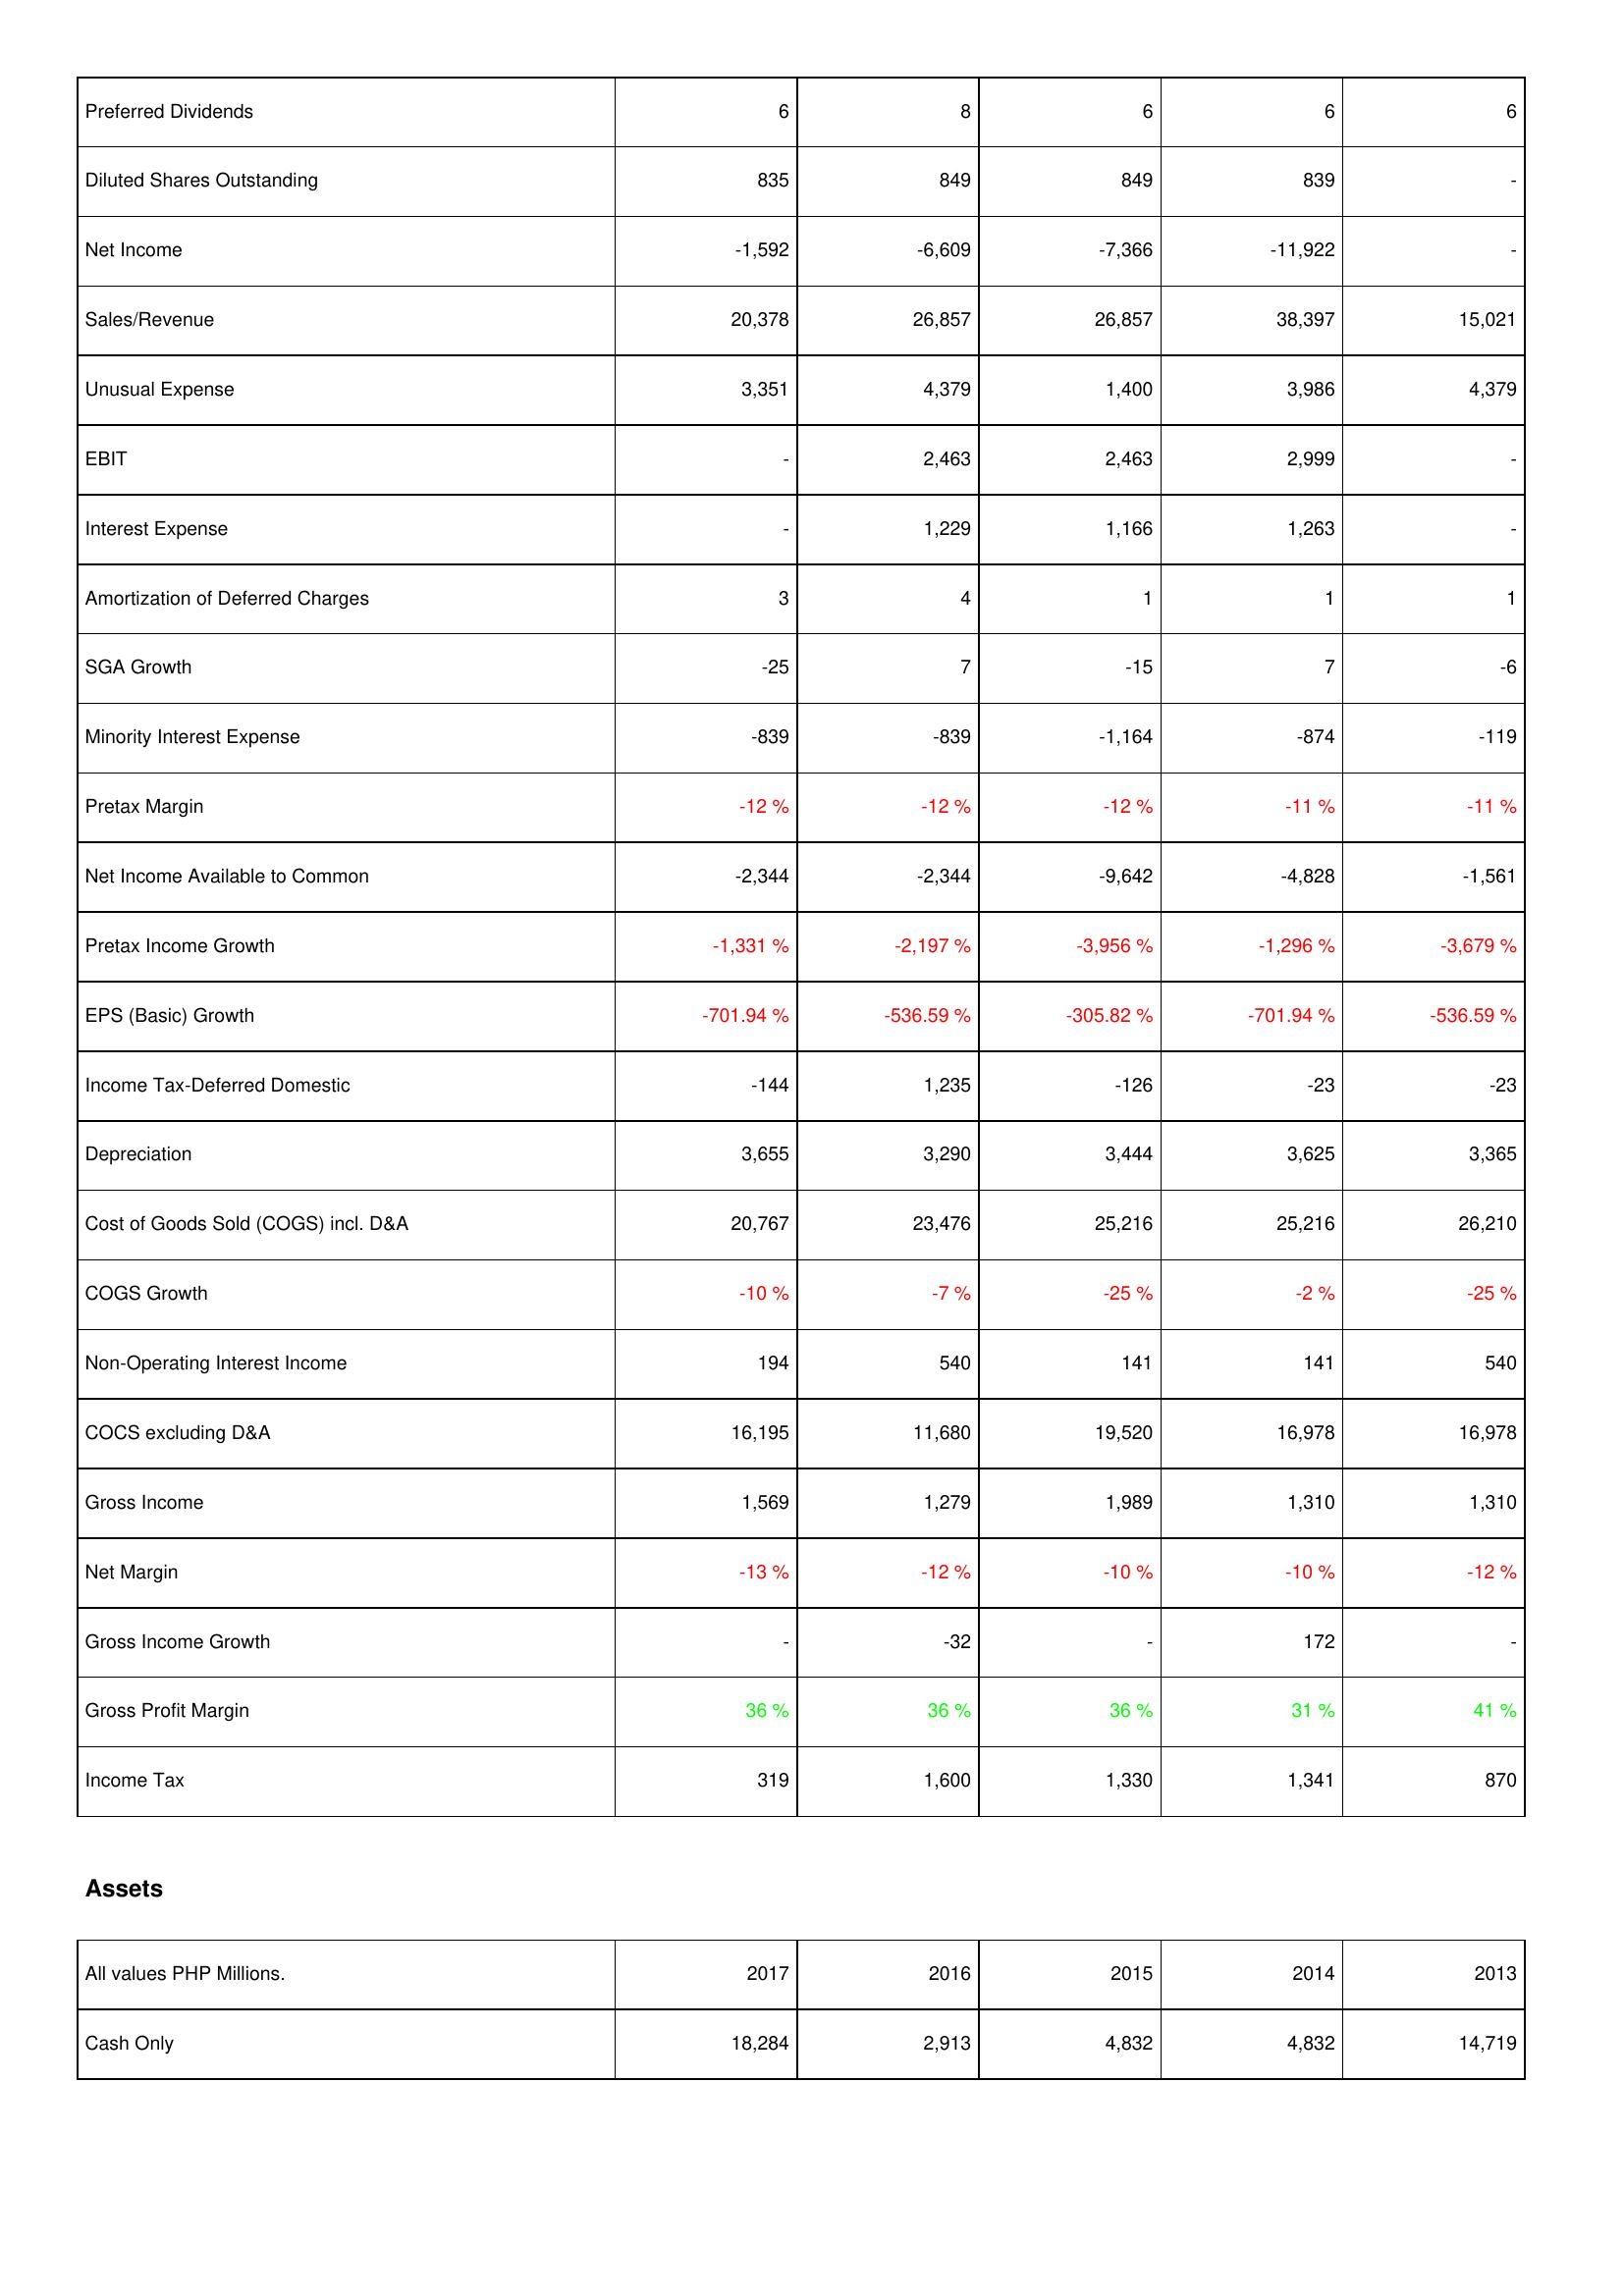
2017: Income Statement: Preferred Dividends: 6
Diluted Shares Outstanding: 835
Net Income: -1,592
Sales/Revenue: 20,378
Unusual Expense: 3,351
EBIT: -
Interest Expense: -
Amortization of Deferred Charges: 3
SGA Growth: -25
Minority Interest Expense: -839
Pretax Margin: -12 %
Net Income Available to Common: -2,344
Pretax Income Growth: -1,331 %
EPS (Basic) Growth: -701.94 %
Income Tax-Deferred Domestic: -144
Depreciation: 3,655
Cost of Goods Sold (COGS) incl. D&A: 20,767
COGS Growth: -10 %
Non-Operating Interest Income: 194
COCS excluding D&A: 16,195
Gross Income: 1,569
Net Margin: -13 %
Gross Income Growth: -
Gross Profit Margin: 36 %
Income Tax: 319
Assets: Cash Only: 18,284
2016: Income Statement: Preferred Dividends: 8
Diluted Shares Outstanding: 849
Net Income: -6,609
Sales/Revenue: 26,857
Unusual Expense: 4,379
EBIT: 2,463
Interest Expense: 1,229
Amortization of Deferred Charges: 4
SGA Growth: 7
Minority Interest Expense: -839
Pretax Margin: -12 %
Net Income Available to Common: -2,344
Pretax Income Growth: -2,197 %
EPS (Basic) Growth: -536.59 %
Income Tax-Deferred Domestic: 1,235
Depreciation: 3,290
Cost of Goods Sold (COGS) incl. D&A: 23,476
COGS Growth: -7 %
Non-Operating Interest Income: 540
COCS excluding D&A: 11,680
Gross Income: 1,279
Net Margin: -12 %
Gross Income Growth: -32
Gross Profit Margin: 36 %
Income Tax: 1,600
Assets: Cash Only: 2,913
2015: Income Statement: Preferred Dividends: 6
Diluted Shares Outstanding: 849
Net Income: -7,366
Sales/Revenue: 26,857
Unusual Expense: 1,400
EBIT: 2,463
Interest Expense: 1,166
Amortization of Deferred Charges: 1
SGA Growth: -15
Minority Interest Expense: -1,164
Pretax Margin: -12 %
Net Income Available to Common: -9,642
Pretax Income Growth: -3,956 %
EPS (Basic) Growth: -305.82 %
Income Tax-Deferred Domestic: -126
Depreciation: 3,444
Cost of Goods Sold (COGS) incl. D&A: 25,216
COGS Growth: -25 %
Non-Operating Interest Income: 141
COCS excluding D&A: 19,520
Gross Income: 1,989
Net Margin: -10 %
Gross Income Growth: -
Gross Profit Margin: 36 %
Income Tax: 1,330
Assets: Cash Only: 4,832
2014: Income Statement: Preferred Dividends: 6
Diluted Shares Outstanding: 839
Net Income: -11,922
Sales/Revenue: 38,397
Unusual Expense: 3,986
EBIT: 2,999
Interest Expense: 1,263
Amortization of Deferred Charges: 1
SGA Growth: 7
Minority Interest Expense: -874
Pretax Margin: -11 %
Net Income Available to Common: -4,828
Pretax Income Growth: -1,296 %
EPS (Basic) Growth: -701.94 %
Income Tax-Deferred Domestic: -23
Depreciation: 3,625
Cost of Goods Sold (COGS) incl. D&A: 25,216
COGS Growth: -2 %
Non-Operating Interest Income: 141
COCS excluding D&A: 16,978
Gross Income: 1,310
Net Margin: -10 %
Gross Income Growth: 172
Gross Profit Margin: 31 %
Income Tax: 1,341
Assets: Cash Only: 4,832
2013: Income Statement: Preferred Dividends: 6
Diluted Shares Outstanding: -
Net Income: -
Sales/Revenue: 15,021
Unusual Expense: 4,379
EBIT: -
Interest Expense: -
Amortization of Deferred Charges: 1
SGA Growth: -6
Minority Interest Expense: -119
Pretax Margin: -11 %
Net Income Available to Common: -1,561
Pretax Income Growth: -3,679 %
EPS (Basic) Growth: -536.59 %
Income Tax-Deferred Domestic: -23
Depreciation: 3,365
Cost of Goods Sold (COGS) incl. D&A: 26,210
COGS Growth: -25 %
Non-Operating Interest Income: 540
COCS excluding D&A: 16,978
Gross Income: 1,310
Net Margin: -12 %
Gross Income Growth: -
Gross Profit Margin: 41 %
Income Tax: 870
Assets: Cash Only: 14,719